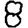
Digit: 8